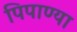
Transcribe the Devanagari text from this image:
पिपाण्या